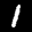
Label: 1